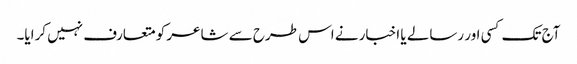
آج تک کسی اور رسالے یا اخبار نے اس طرح سے شاعر کو متعارف نہیں کرایا۔